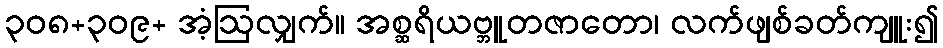
၃၀၈+၃၀၉+ အံ့ဩလျှက်။ အစ္ဆရိယဗ္ဘူတဇာတော၊ လက်ဖျစ်ခတ်ကျူး၍